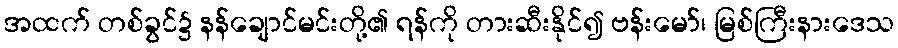
အထက် တစ်ခွင်၌ နန်ချောင်မင်းတို့၏ ရန်ကို တားဆီးနိုင်၍ ဗန်းမော်၊ မြစ်ကြီးနားဒေသ